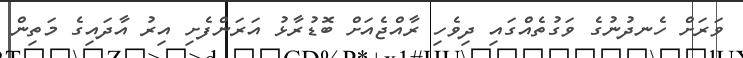
ވަރަށް ހެނދުނުގެ ވަގުތެއްގައި ދިވެހި ރާއްޖެއަށް ބޮޑުރާޅު އަރަންފެށި އިރު އާދައިގެ މަތިން